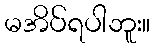
မအိပ်ရပါဘူး။